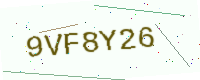
Text: 9VF8Y26